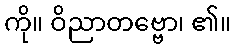
ကို။ ဝိညာတဗ္ဗော၊ ၏။